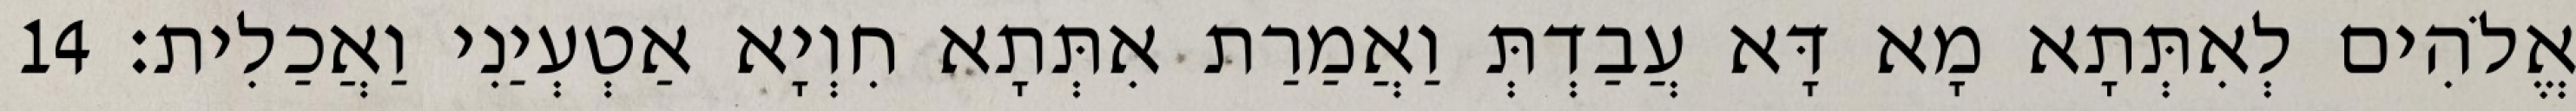
אֱלֹהִים לְאִתְּתָא מָא דָּא עֲבַדְתְּ וַאֲמַרַת אִתְּתָא חִוְיָא אַטְעְיַנִי וַאֲכַלִית׃ 14